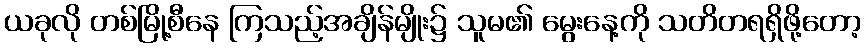
ယခုလို တစ်မြို့စီနေ ကြသည့်အချိန်မျိုး၌ သူမ၏ မွေးနေ့ကို သတိတရရှိဖို့တော့